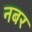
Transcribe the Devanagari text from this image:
नबर